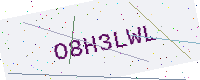
Text: O8H3LWL